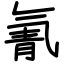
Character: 氰